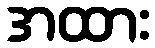
အထား